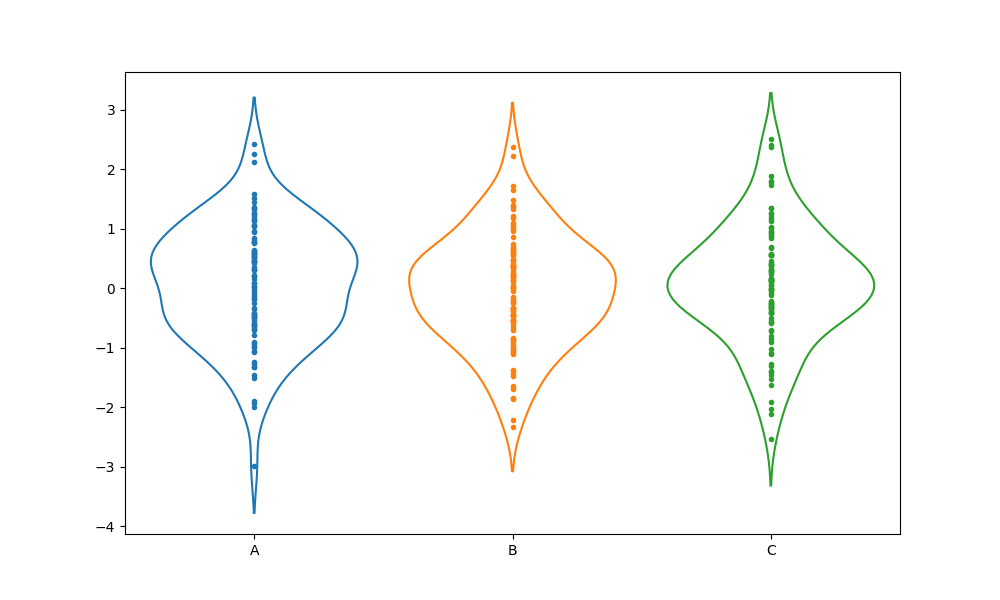
python, seaborn, violinplot, scale='area', split='False', inner='point', fill='False'